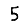
Digit: 5